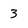
Character: 3